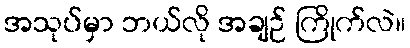
အသုပ်မှာ ဘယ်လို အချဉ် ကြိုက်လဲ။